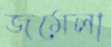
জমেলা